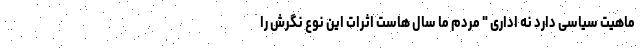
ماهیت سیاسی دارد نه اداری " مردم ما سال هاست اثرات این نوع نگرش را